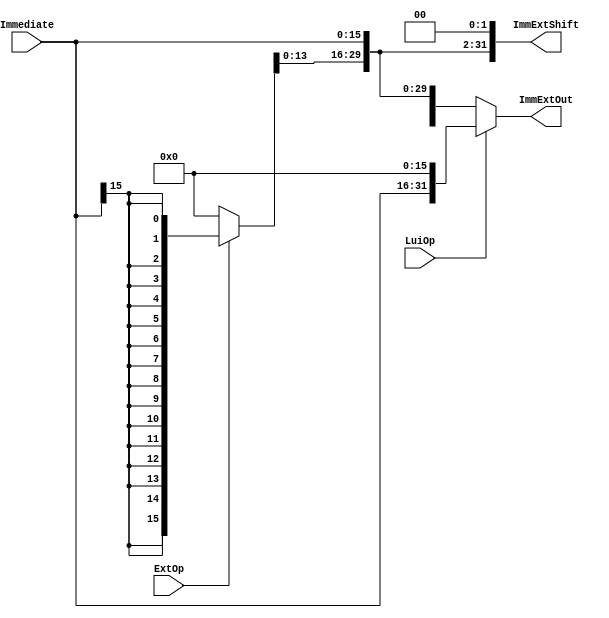
module ImmProcess(ExtOp, LuiOp, Immediate, ImmExtOut, ImmExtShift); 
    //Input Control Signals
    input ExtOp; //'0'-zero extension, '1'-signed extension
    input LuiOp; //for lui instruction
    //Input
    input [15:0] Immediate;
    //Output
    output [31:0] ImmExtOut;
    output [31:0] ImmExtShift;

    wire [31:0] ImmExt;
    
    assign ImmExt = {ExtOp? {16{Immediate[15]}}: 16'h0000, Immediate};
    assign ImmExtShift = ImmExt << 2;
    assign ImmExtOut = LuiOp? {Immediate, 16'h0000}: ImmExt;

endmodule